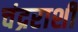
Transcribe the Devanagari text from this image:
चंद्रराशी